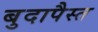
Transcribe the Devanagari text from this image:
बुदापैस्त